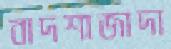
বাদশাজাদা